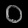
Digit: ၀